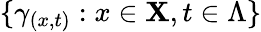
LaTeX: \{ \gamma_{(x,t)}:x\in\mathbf{X},t\in\Lambda\}